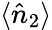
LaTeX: \langle\hat{n}_{2}\rangle